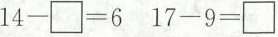
$$1 4 - \Box = 6$$ $$1 7 - 9 = \Box$$